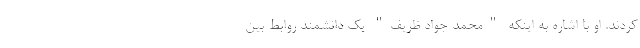
کردند. او با اشاره به اینکه "محمد جواد ظریف" یک دانشمند روابط بین